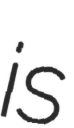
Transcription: is